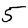
Digit: 5